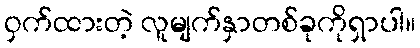
ဝှက်ထားတဲ့ လူမျက်နှာတစ်ခုကိုရှာပါ။